V__Kingissepa_nim__kolhoos, lk 38
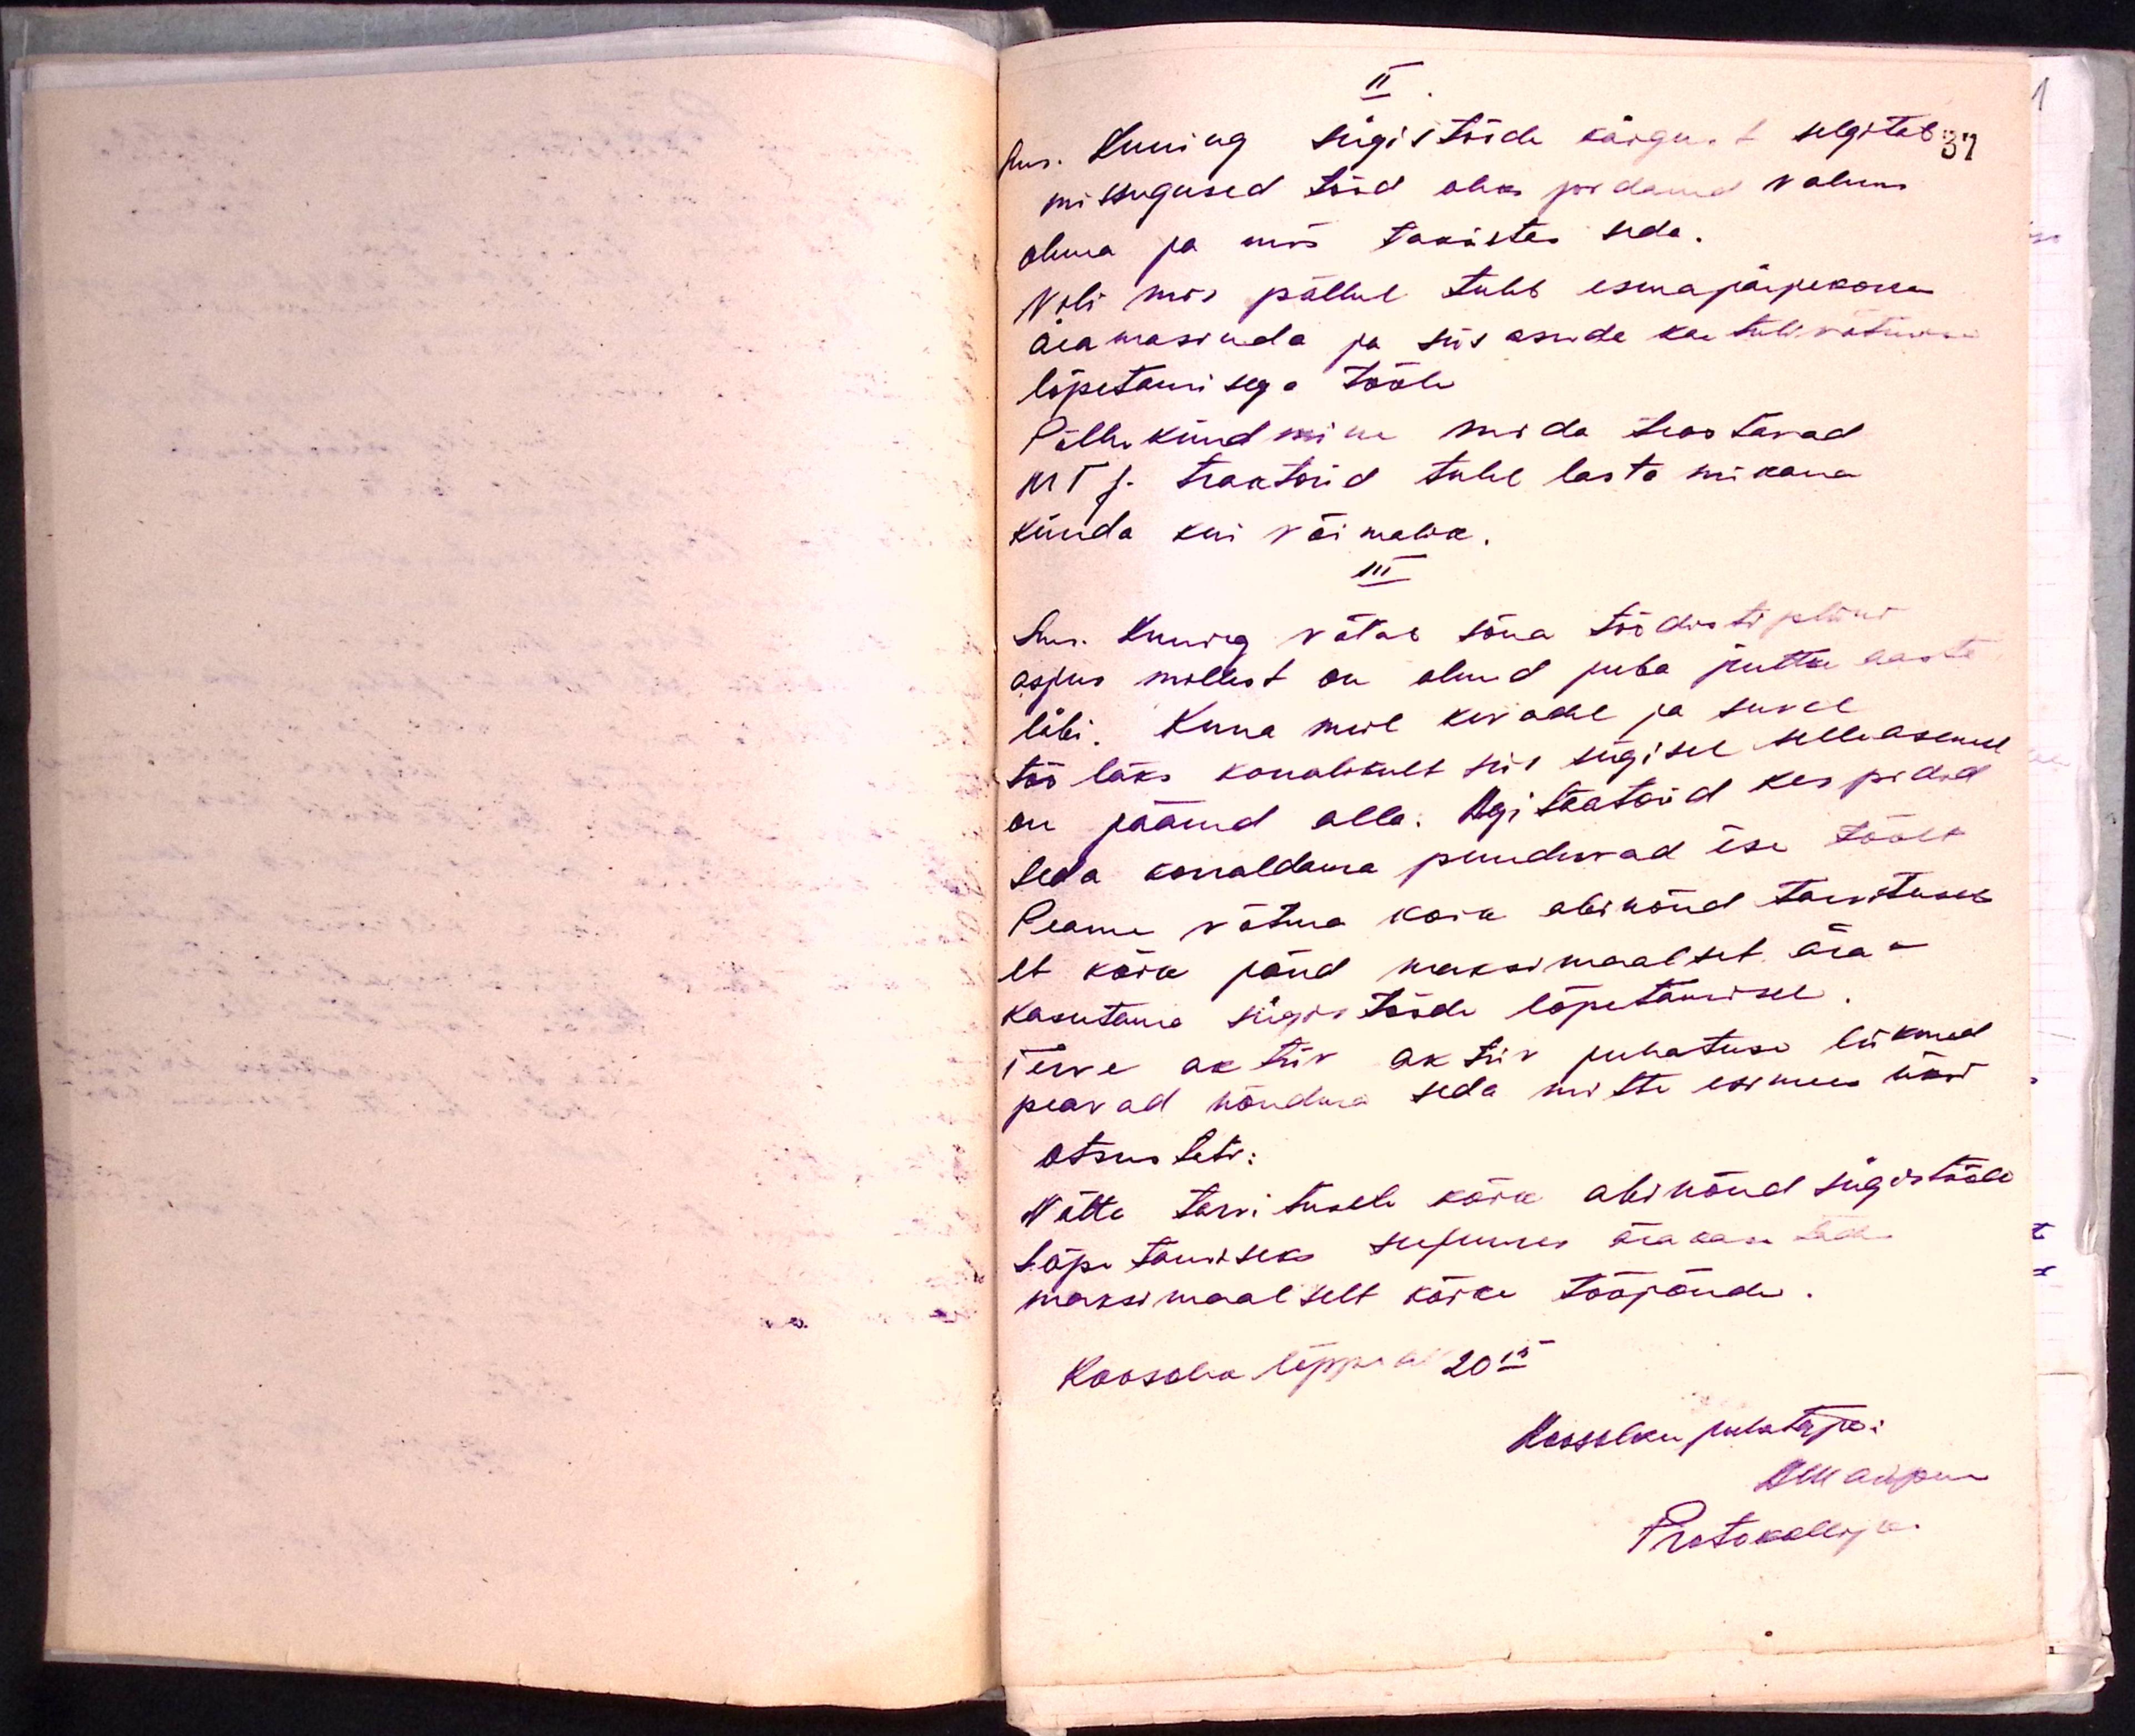
II
Sms. Kuning sügistööde käigust selgitab
missugused tööd oleks pidanud valmis
olema ja mis takistas seda.
Neli nisu põllul tuleb esmajärjekorras
aiamasinda ja siis asuda ka tulevikuks
lõpetamisega tööle.
Põllu kündmine mida teostavad
MTJ. traktorid tuleb lasta niikaua
künda kui võimalik.
III
Sms. Kuning võtab sõna töödistipliini
asjus millest on olnud juba juttu aasta
läbi. Kuna meil kevadel ja suvel
töö läks korralikult siis sügisel selleasemel
on jäänud alla. Agitaatorid kes pidid
seda korraldama puuduvad ise töölt
Peame võtma kõik abinõud tarvitusse
et kõik jõud maksimaalset ära-
kasutama sügistööde lõpetamisel
Terve aktiiv aktiiv juhatuse liikmed
peavad nõudma seda mitte esimees üksi
Otsusteti:
Võtta tarvitusele kõik abinõud sügistööde
lõpetamiseks seejuures ärakasutada
maksimaalselt kõiki tööjõudu.
Koosoleku lõppes kell 20.15
Koosoleku juhataja:
Alli adpuu
Protokollija